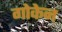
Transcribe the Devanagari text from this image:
गोकेन